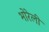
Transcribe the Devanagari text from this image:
भोरेली